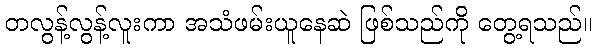
တလွန့်လွန့်လူးကာ အသံဖမ်းယူနေဆဲ ဖြစ်သည်ကို တွေ့ရသည်။